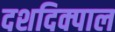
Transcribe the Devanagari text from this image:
दशदिक्पाल